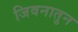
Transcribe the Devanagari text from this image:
जिवनातुन